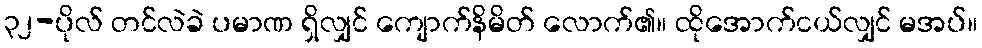
၃၂-ပိုလ် တင်လဲခဲ ပမာဏ ရှိလျှင် ကျောက်နိမိတ် လောက်၏။ ထိုအောက်ငယ်လျှင် မအပ်။